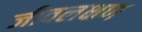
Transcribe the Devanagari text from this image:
जीवलक्षण